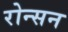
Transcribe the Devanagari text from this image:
रोन्सन